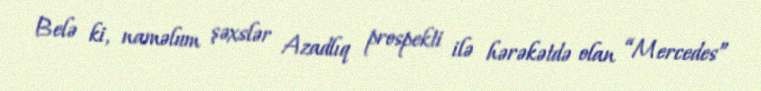
Belə ki, naməlum şəxslər Azadlıq prospekti ilə hərəkətdə olan “Mercedes”